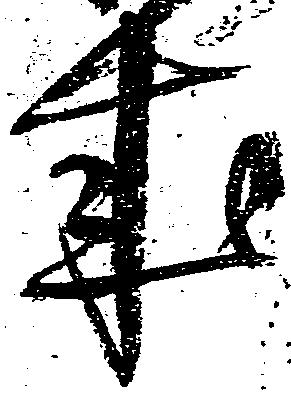
来